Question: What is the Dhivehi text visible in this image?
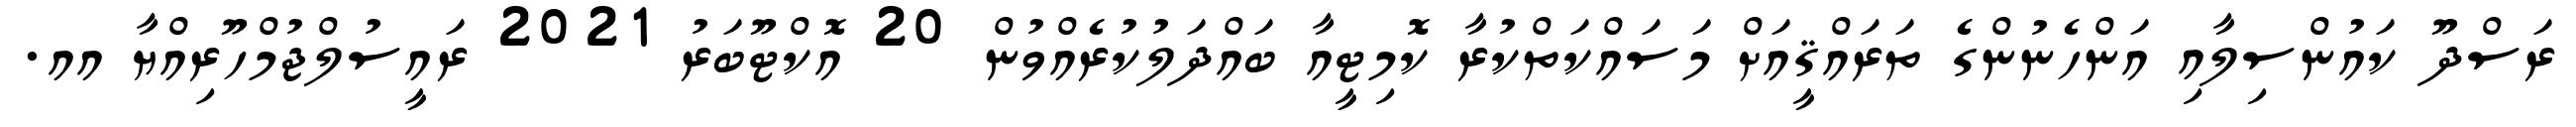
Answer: ރަސްދޫ ކައުންސިލާއި އަންހެނުންގެ ތަރައްޤީއަށް މަސައްކަތްކުރާ ކޮމިޓީއާ ބައްދަލުކުރެއްވުން 20 އޮކްޓޫބަރު 2021 ރައީސުލްޖުމްހޫރިއްޔާ އއ.